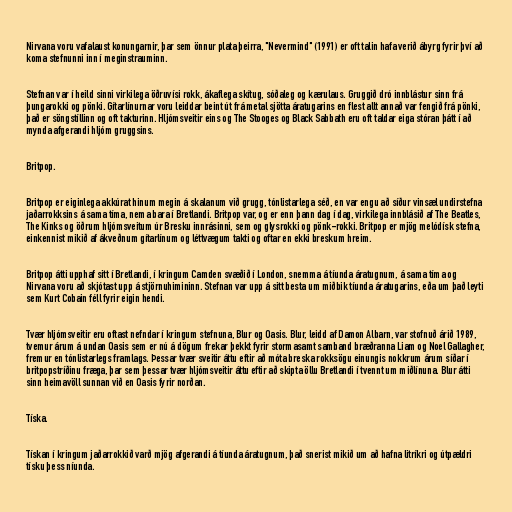
Nirvana voru vafalaust konungarnir, þar sem önnur plata þeirra, "Nevermind" (1991) er oft talin hafa verið ábyrg fyrir því að
koma stefnunni inn í meginstrauminn.

Stefnan var í heild sinni virkilega öðruvísi rokk, ákaflega skítug, sóðaleg og kærulaus. Gruggið dró innblástur sinn frá
þungarokki og pönki. Gítarlínurnar voru leiddar beint út frá metal sjötta áratugarins en flest allt annað var fengið frá pönki,
það er söngstíllinn og oft takturinn. Hljómsveitir eins og The Stooges og Black Sabbath eru oft taldar eiga stóran þátt í að
mynda afgerandi hljóm gruggsins.

Britpop.

Britpop er eiginlega akkúrat hinum megin á skalanum við grugg, tónlistarlega séð, en var engu að síður vinsæl undirstefna
jaðarrokksins á sama tíma, nema bara í Bretlandi. Britpop var, og er enn þann dag í dag, virkilega innblásið af The Beatles,
The Kinks og öðrum hljómsveitum úr Bresku innrásinni, sem og glysrokki og pönk-rokki. Britpop er mjög melódísk stefna,
einkennist mikið af ákveðnum gítarlínum og léttvægum takti og oftar en ekki breskum hreim.

Britpop átti upphaf sitt í Bretlandi, í kringum Camden svæðið í London, snemma á tíunda áratugnum, á sama tíma og
Nirvana voru að skjótast upp á stjörnuhimininn. Stefnan var upp á sitt besta um miðbik tíunda áratugarins, eða um það leyti
sem Kurt Cobain féll fyrir eigin hendi.

Tvær hljómsveitir eru oftast nefndar í kringum stefnuna, Blur og Oasis. Blur, leidd af Damon Albarn, var stofnuð árið 1989,
tvemur árum á undan Oasis sem er nú á dögum frekar þekkt fyrir stormasamt samband bræðranna Liam og Noel Gallagher,
fremur en tónlistarlegs framlags. Þessar tvær sveitir áttu eftir að móta breska rokksögu einungis nokkrum árum síðar í
britpopstríðinu fræga, þar sem þessar tvær hljómsveitir áttu eftir að skipta öllu Bretlandi í tvennt um miðlínuna. Blur átti
sinn heimavöll sunnan við en Oasis fyrir norðan.

Tíska.

Tískan í kringum jaðarrokkið varð mjög afgerandi á tíunda áratugnum, það snerist mikið um að hafna litríkri og útpældri
tísku þess níunda.